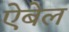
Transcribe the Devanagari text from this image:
ऐबेल